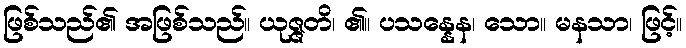
ဖြစ်သည်၏ အဖြစ်သည်။ ယုဇ္ဇတိ၊ ၏။ ပသန္နေန၊ သော။ မနသာ၊ ဖြင့်။